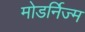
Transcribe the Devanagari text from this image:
मोडर्निज्म